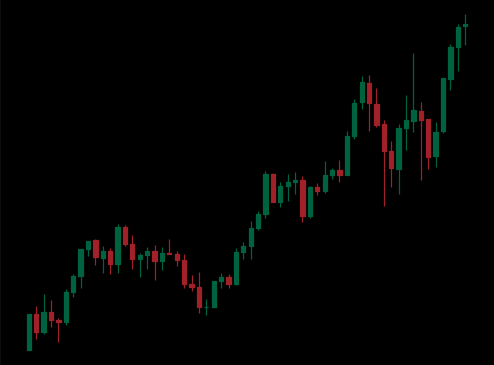
Pattern: unclassified